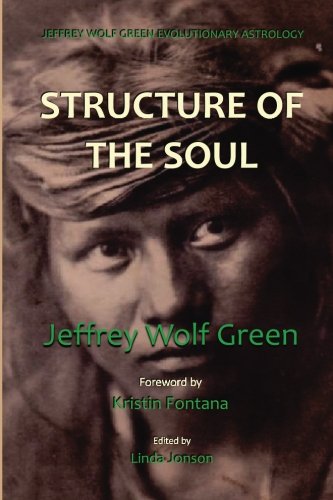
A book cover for Jeffrey Wolf Green Evolutionary Astrology: Structure of the Soul; Jeffrey Wolf Green; Religion & Spirituality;